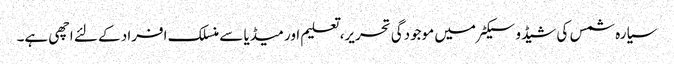
سیارہ شمس کی شیڈو سیکٹر میں موجودگی تحریر، تعلیم اور میڈیا سے منسلک افراد کے لئے اچھی ہے۔